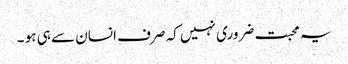
یہ محبت ضروری نہیں کہ صرف انسان سے ہی ہو ۔